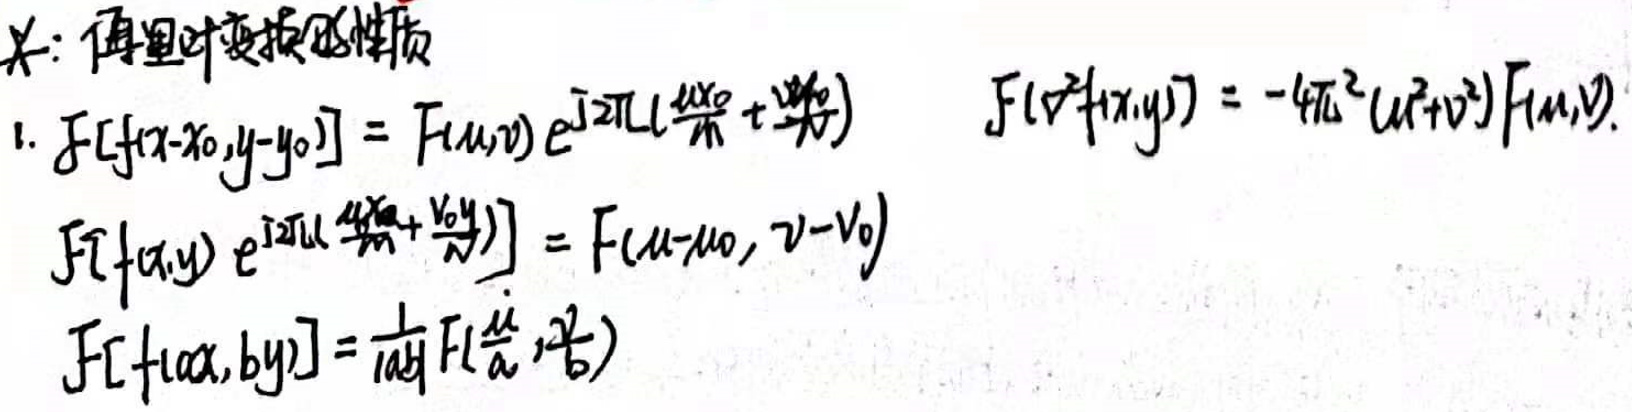
傅里叶变换的性质

1. 位移性质
\begin{align*}
& f\left[x - x_0, y - y_0\right] = F(u, v) e^{-j2\pi\left(ux_0 + vy_0\right)} \\
& F\left[u + u_0, v + v_0\right] = F\left(u - u_0, v - v_0\right) \\
& F\left[\frac{\partial}{\partial x} f(x, y)\right] = -j2\pi u F(u, v) \\
& F\left[\frac{\partial}{\partial y} f(x, y)\right] = -j2\pi v F(u, v) \\
& F\left[h x, b y\right] = \frac{1}{|a b|} F\left(\frac{u}{a}, \frac{v}{b}\right)
\end{align*}